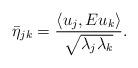
LaTeX: \begin{align*}\bar\eta_{jk}=\frac{\langle u_j, Eu_k\rangle}{\sqrt{\lambda_j\lambda_k}}.\end{align*}